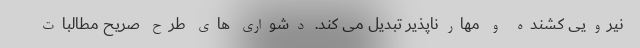
نیرویی کشنده و مهارناپذیر تبدیل می کند. دشواری های طرح صریح مطالبات